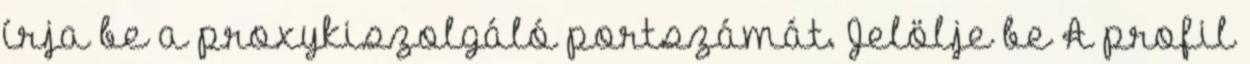
írja be a proxykiszolgáló portszámát. Jelölje be A profil